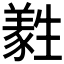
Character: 𤯹